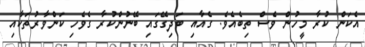
އެކަން ކުރާ މީހުން ވެސް ތިބެއެވެ. ގެއާއި ބަދިގޭގައި ބޭނުންކުރާ ގެވެހި ކަންވާރުތަކާއި